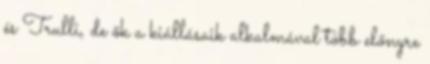
és Trulli, de ők a kiállásaik alkalmával több előnyre